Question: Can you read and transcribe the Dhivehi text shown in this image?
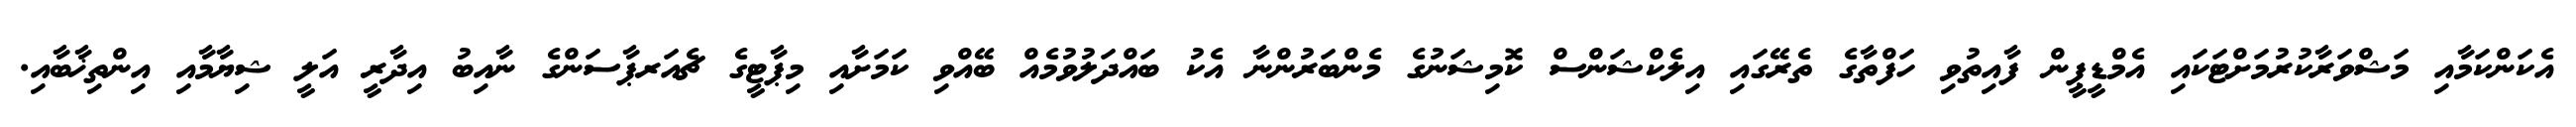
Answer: އެކަންކަމާއި މަޝްވަރާކުރުމަށްޓަކައި އެމްޑީޕީން ފާއިތުވި ހަފްތާގެ ތެރޭގައި އިލެކްޝަންސް ކޮމިޝަނުގެ މެންބަރުންނާ އެކު ބައްދަލުވުމެއް ބޭއްވި ކަމަށާއި މިޕާޓީގެ ޗެއަރޕާސަންގެ ނާއިބު އިދާރީ އަލީ ޝިޔާމާއި އިންތިޚާބާއި.